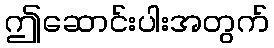
ဤဆောင်းပါးအတွက်